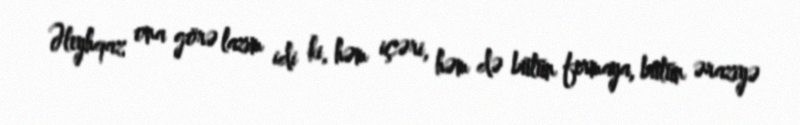
Əleyhqaz ona görə lazım idi ki, həm içəri, həm də bütün fermaya, bütün əraziyə